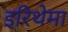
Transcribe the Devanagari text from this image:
इरिथेमा